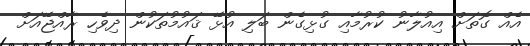
އެއް ގޮތަށް އިއުލާނު ކުރުމާއި ގުޅިގެން ބަލި އުޅޭ ޤައުމުތަކުން ދިވެހި ރާއްޖޭއަށް